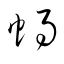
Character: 蝸